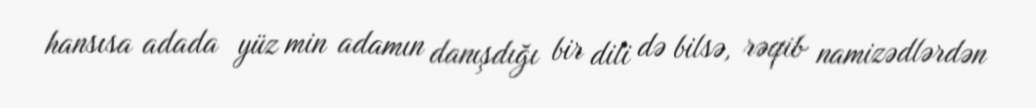
hansısa adada yüz min adamın danışdığı bir dili də bilsə, rəqib namizədlərdən